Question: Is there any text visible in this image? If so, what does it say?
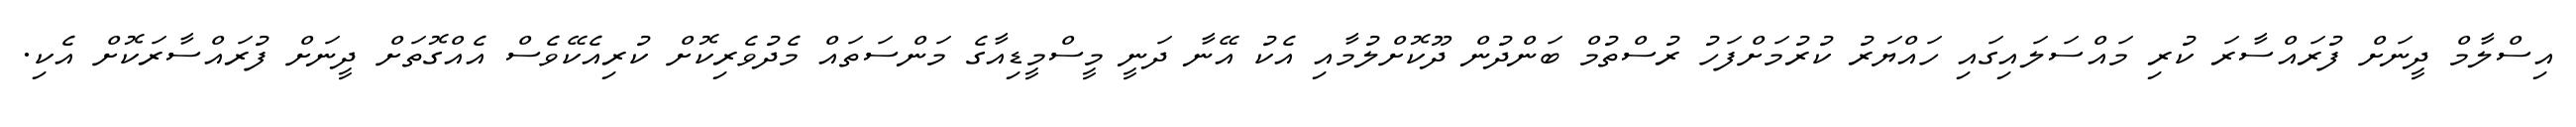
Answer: އިސްލާމް ދީނަށް ފުރައްސާރަ ކުރި މައްސަލައިގައި ހައްޔަރު ކުރުމަށްފަހު ރުސްތުމް ބަންދުން ދޫކޮށްލުމާއި އެކު އޭނާ ދަނީ މީސްމީޑިއާގެ މަންސަތައް މެދުވެރިކޮށް ކުރިއެކޭވެސް އެއްގޮތަށް ދީނަށް ފުރައްސާރަކޮށް އެކި.